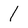
Character: I